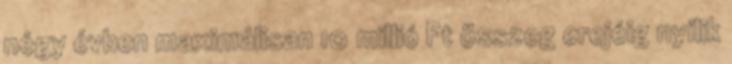
négy évben maximálisan 10 millió Ft összeg erejéig nyílik